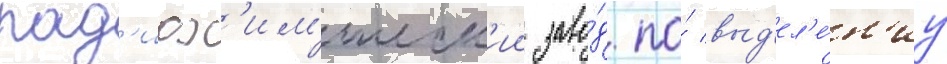
рад'иох'им'ическ'ии заво́д по́ выд'ел'е́н'иу